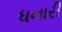
ધનારી